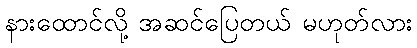
နားထောင်လို့ အဆင်ပြေတယ် မဟုတ်လား